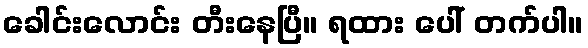
ခေါင်းလောင်း တီးနေပြီ။ ရထား ပေါ် တက်ပါ။